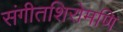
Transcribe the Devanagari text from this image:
संगीतशिरोमणि